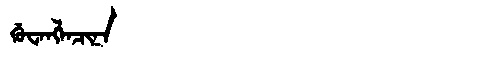
Manchu: ᡤᡠᠸᠠᠩᠯᠠᠴᡳᠨᠠ
Romanization: GUWANGLACINA